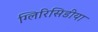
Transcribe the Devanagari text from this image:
ग्लिरिसिडीया